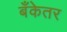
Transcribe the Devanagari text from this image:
बँकेतर